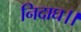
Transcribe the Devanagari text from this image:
निदाघ।।